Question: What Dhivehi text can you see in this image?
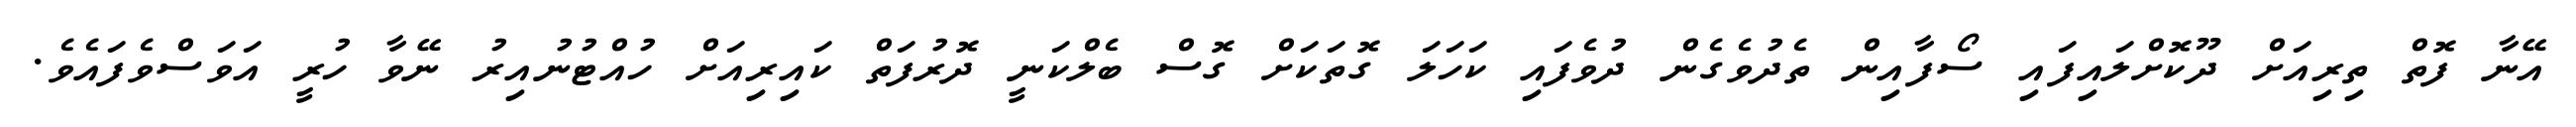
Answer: އޭނާ ފޮތް ތިރިއަށް ދޫކޮށްލައިފައި ސޯފާއިން ތެދުވެގެން ދުވެފައި ކަހަލަ ގޮތަކަށް ގޮސް ބެލްކަނީ ދޮރުފަތް ކައިރިއަށް ހުއްޓުނުއިރު ނޭވާ ހުރީ އަވަސްވެފައެވެ.